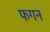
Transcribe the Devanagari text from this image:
फगन